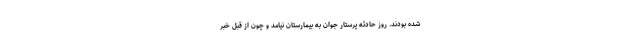
شده بودند. روز حادثه پرستار جوان به بیمارستان نیامد و چون از قبل خبر